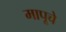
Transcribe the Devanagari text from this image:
मापूचे